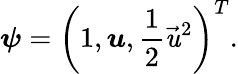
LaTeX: \boldsymbol{\psi}=\left(1,\boldsymbol{\mathit{u}},\frac{{1}}{{2}}{\vec{{\mathit{u}}}}^{2}\right)^{T}.